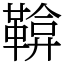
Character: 鞥